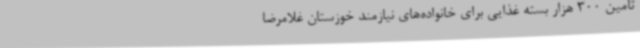
تامین 300 هزار بسته غذایی برای خانواده‌های نیازمند خوزستان غلامرضا